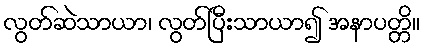
လွတ်ဆဲသာယာ၊ လွတ်ပြီးသာယာ၍ အနာပတ္တိ။